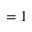
\l = 1